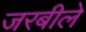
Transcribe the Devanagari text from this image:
जरबीले